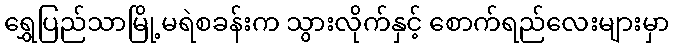
ရွှေပြည်သာမြို့မရဲစခန်းက သွားလိုက်နှင့် စောက်ရည်လေးများမှာ